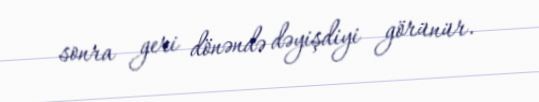
sonra geri dönəndə dəyişdiyi görünür.